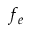
f _ { e }